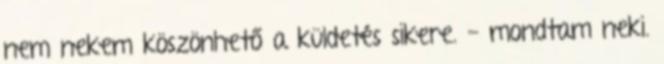
nem nekem köszönhető a küldetés sikere. - mondtam neki.